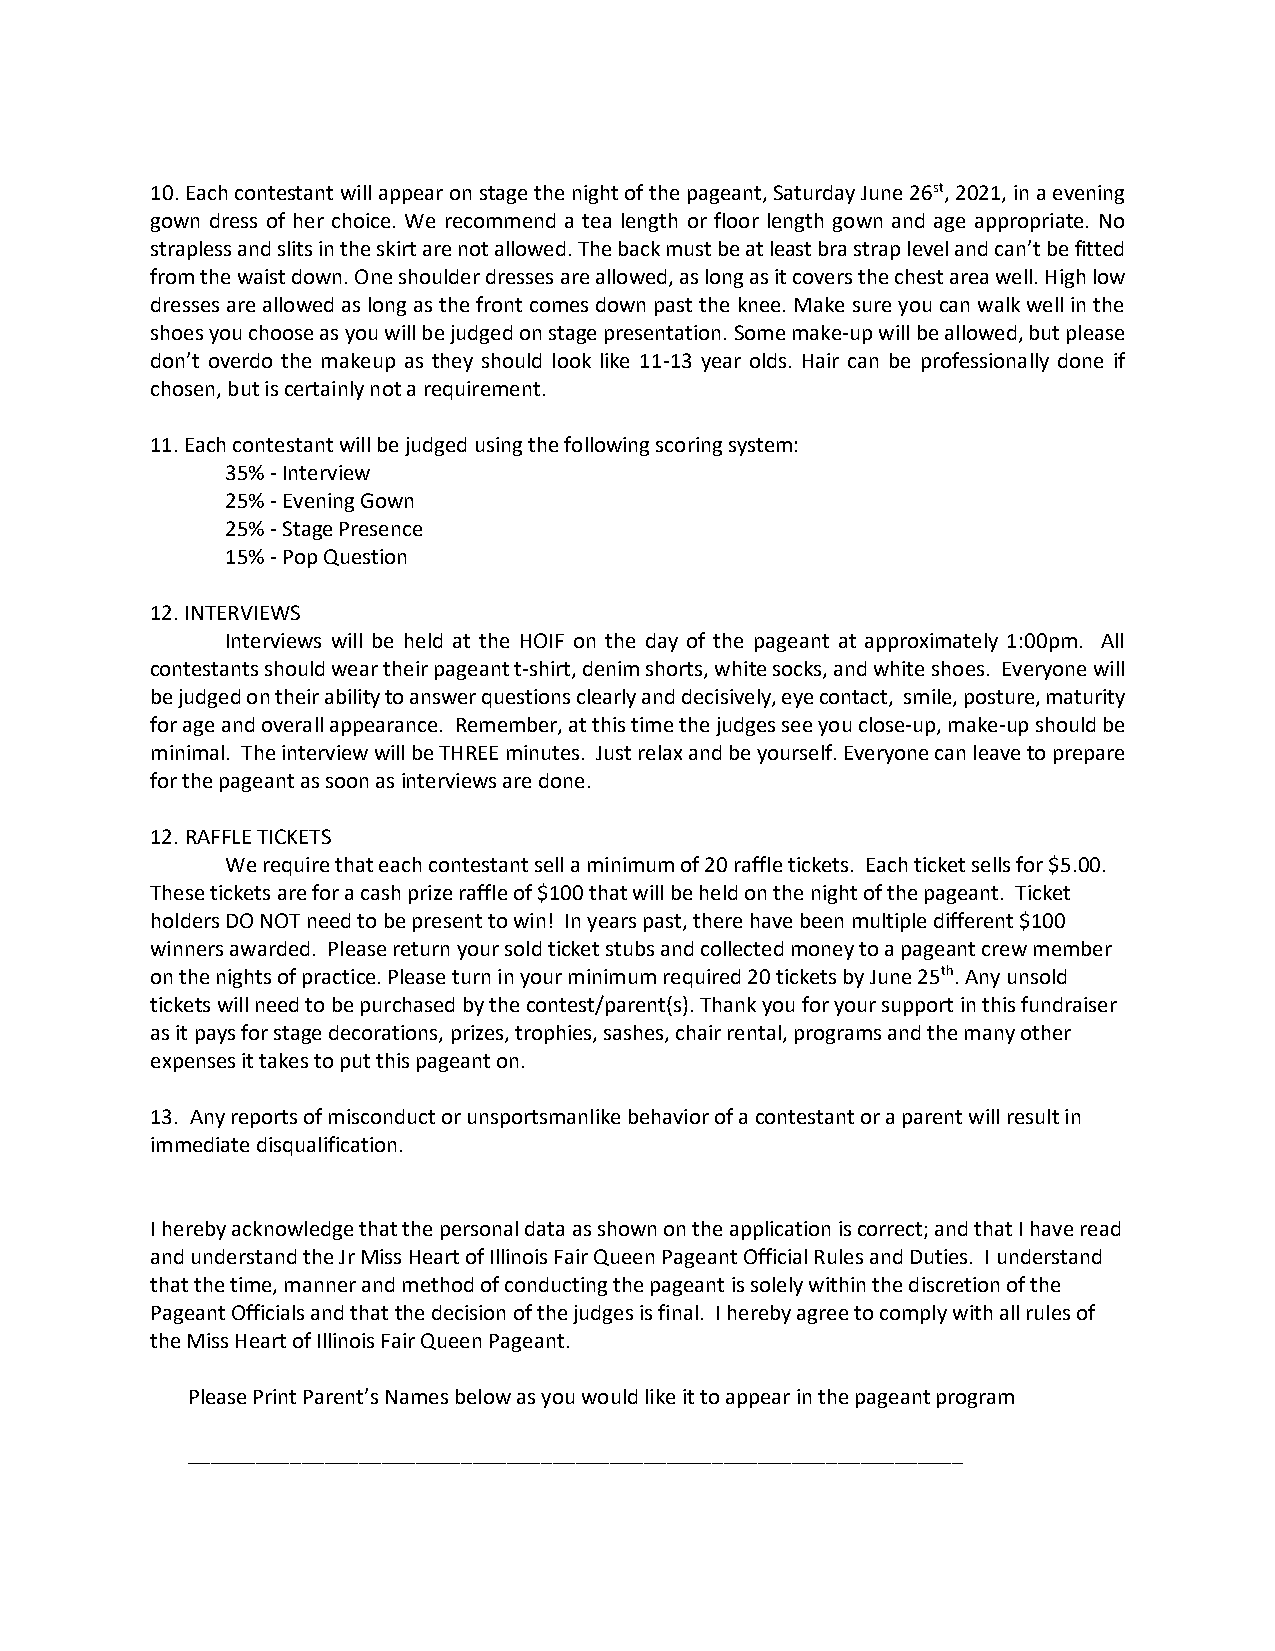
10. Each contestant will appear on stage the night of the pageant, Saturday June 26st, 2021, in a evening
 gown dress of her choice. We recommend a tea length or floor length gown and age appropriate. No
 strapless and slits in the skirt are not allowed. The back must be at least bra strap level and can’t be fitted
 from the waist down. One shoulder dresses are allowed, as long as it covers the chest area well. High low
 dresses are allowed as long as the front comes down past the knee. Make sure you can walk well in the
 shoes you choose as you will be judged on stage presentation. Some make-up will be allowed, but please
 don’t overdo the makeup as they should look like 11-13 year olds. Hair can be professionally done if
 chosen, but is certainly not a requirement.
 11. Each contestant will be judged using the following scoring system:
 35% - Interview
 25% - Evening Gown
 25% - Stage Presence
 15% - Pop Question
 12. INTERVIEWS
 Interviews will be held at the HOIF on the day of the pageant at approximately 1:00pm. All
 contestants should wear their pageant t-shirt, denim shorts, white socks, and white shoes. Everyone will
 be judged on their ability to answer questions clearly and decisively, eye contact, smile, posture, maturity
 for age and overall appearance. Remember, at this time the judges see you close-up, make-up should be
 minimal. The interview will be THREE minutes. Just relax and be yourself. Everyone can leave to prepare
 for the pageant as soon as interviews are done.
 12. RAFFLE TICKETS
 We require that each contestant sell a minimum of 20 raffle tickets. Each ticket sells for $5.00.
 These tickets are for a cash prize raffle of $100 that will be held on the night of the pageant. Ticket
 holders DO NOT need to be present to win! In years past, there have been multiple different $100
 winners awarded. Please return your sold ticket stubs and collected money to a pageant crew member
 on the nights of practice. Please turn in your minimum required 20 tickets by June 25th. Any unsold
 tickets will need to be purchased by the contest/parent(s). Thank you for your support in this fundraiser
 as it pays for stage decorations, prizes, trophies, sashes, chair rental, programs and the many other
 expenses it takes to put this pageant on.
 13. Any reports of misconduct or unsportsmanlike behavior of a contestant or a parent will result in
 immediate disqualification.
 I hereby acknowledge that the personal data as shown on the application is correct; and that I have read
 and understand the Jr Miss Heart of Illinois Fair Queen Pageant Official Rules and Duties. I understand
 that the time, manner and method of conducting the pageant is solely within the discretion of the
 Pageant Officials and that the decision of the judges is final. I hereby agree to comply with all rules of
 the Miss Heart of Illinois Fair Queen Pageant.
 Please Print Parent’s Names below as you would like it to appear in the pageant program
 ____________________________________________________________________